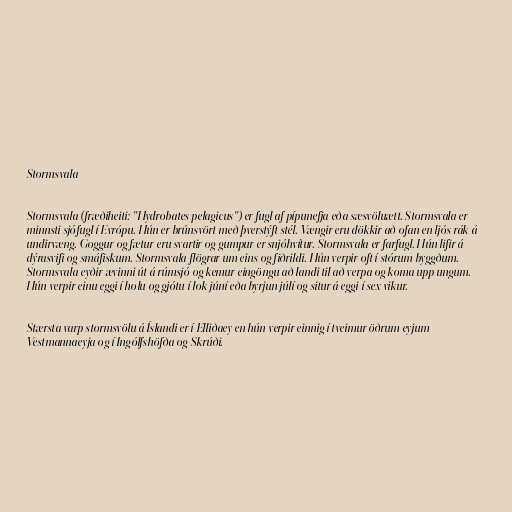
Stormsvala

Stormsvala (fræðiheiti: "Hydrobates pelagicus") er fugl af pípunefja eða sæsvöluætt. Stormsvala er
minnsti sjófugl í Evrópu. Hún er brúnsvört með þverstýft stél. Vængir eru dökkir að ofan en ljós rák á
undirvæng. Goggur og fætur eru svartir og gumpur er snjóhvítur. Stormsvala er farfugl. Hún lifir á
dýrasvifi og smáfiskum. Stormsvala flögrar um eins og fiðrildi. Hún verpir oft í stórum byggðum.
Stormsvala eyðir ævinni út á rúmsjó og kemur eingöngu að landi til að verpa og koma upp ungum.
Hún verpir einu eggi í holu og gjótu í lok júní eða byrjun júlí og situr á eggi í sex vikur.

Stærsta varp stormsvölu á Íslandi er í Elliðaey en hún verpir einnig í tveimur öðrum eyjum
Vestmannaeyja og í Ingólfshöfða og Skrúði.